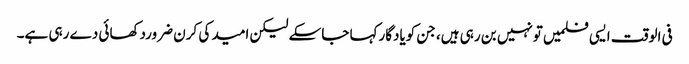
فی الوقت ایسی فلمیں تونہیں بن رہی ہیں، جن کویادگارکہا جاسکے لیکن امید کی کرن ضروردکھائی دے رہی ہے۔